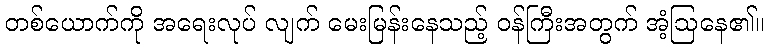
တစ်ယောက်ကို အရေးလုပ် လျက် မေးမြန်းနေသည့် ဝန်ကြီးအတွက် အံ့ဩနေ၏။